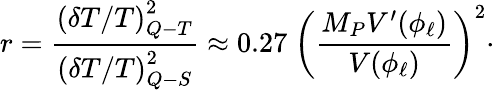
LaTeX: r=\frac{\left(\delta T/T\right)_{Q-T}^{2}}{\left(\delta T/T\right)_{Q-S}^{2}}\approx 0.27~\left(\frac{M_{P}V^{\prime}(\phi_{\ell})}{V(\phi_{\ell})}\right)^{2}\cdot